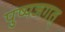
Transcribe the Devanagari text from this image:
पुष्पजगत्